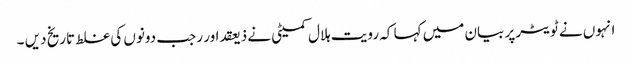
انہوں نے ٹویٹر پر بیان میں کہا کہ رویت ہلال کمیٹی نے ذیعقداور رجب دونوں کی غلط تاریخ دیں ۔